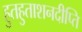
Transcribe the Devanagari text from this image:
हुतहुताशनदीप्ति